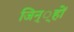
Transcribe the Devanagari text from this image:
जिन््हों